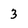
Character: 3